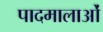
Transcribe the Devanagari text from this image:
पादमालाओं